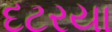
દટરયા